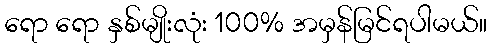
ရော ရော နှစ်မျိုးလုံး 100% အမှန်မြင်ရပါမယ်။